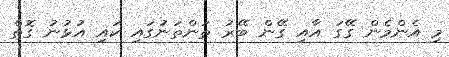
މި އެންމެން ގޭގަ އާއި ގޭން ބޭރު ތަންތަނުގައި ކައި އުޅުނު ގޮތް